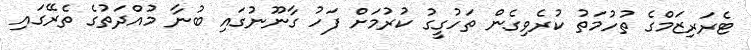
ޓެރަރިޒަމްގެ ތުހުމަތު ކުރެވިގެން ތަހުގީގު ކުރުމަށް ފަހު ގާނޫނުގައި ބުނާ މުއްދަތުގެ ތެރޭގައި